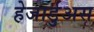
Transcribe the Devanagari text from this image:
हेजार्डुअस